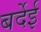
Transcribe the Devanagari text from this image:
बर्देई